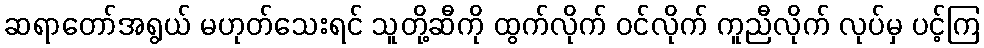
ဆရာတော်အရွယ် မဟုတ်သေးရင် သူတို့ဆီကို ထွက်လိုက် ဝင်လိုက် ကူညီလိုက် လုပ်မှ ပင့်ကြ